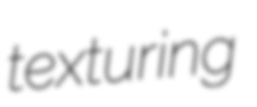
texturing